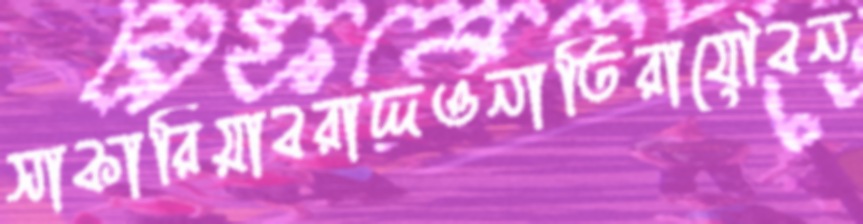
সাকারিয়াবরাদ্দওনাতিরাযৌবন